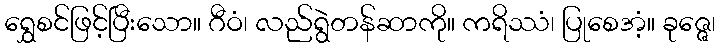
ရွှေစင်ဖြင့်ပြီးသော။ ဂီဝံ၊ လည်ရွဲတန်ဆာကို။ ကရိဿံ၊ ပြုစေအံ့။ ခုဇ္ဇေ၊